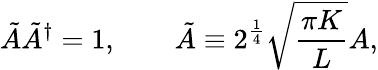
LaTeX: \tilde{A}\tilde{A}^{\dagger}=1,\qquad\tilde{A}\equiv 2^{\frac{1}{4}}\sqrt{\frac{\pi K}{L}}A,